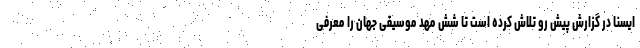
ایسنا در گزارش پیش رو تلاش کرده است تا شش مهد موسیقی جهان را معرفی